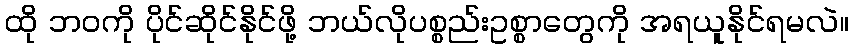
ထို ဘဝကို ပိုင်ဆိုင်နိုင်ဖို့ ဘယ်လိုပစ္စည်းဥစ္စာတွေကို အရယူနိုင်ရမလဲ။